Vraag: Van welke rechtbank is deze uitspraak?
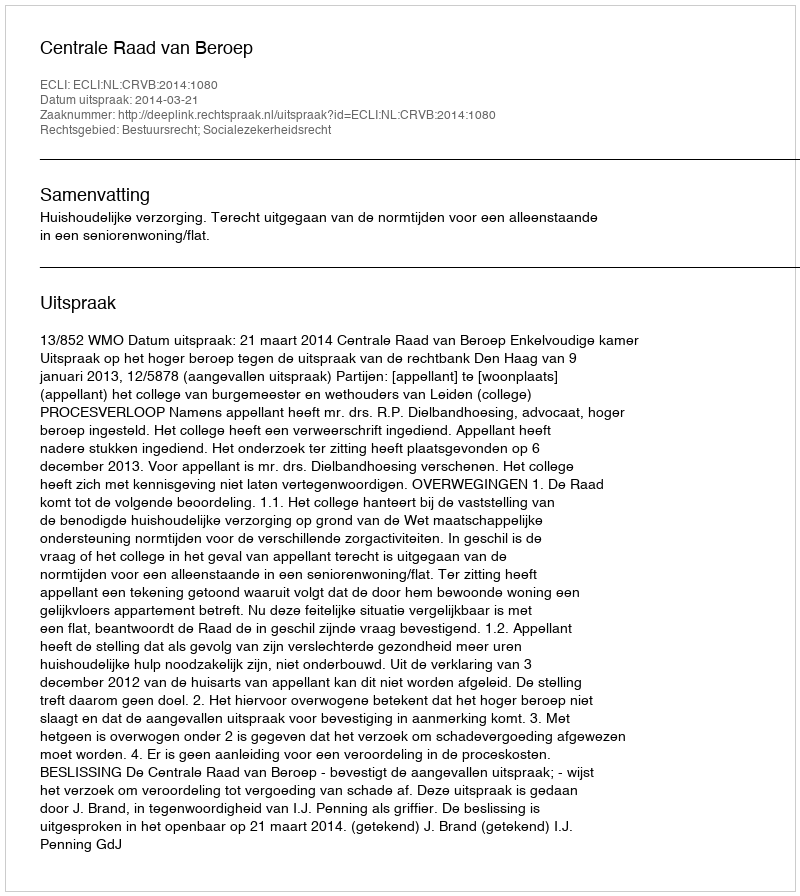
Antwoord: Centrale Raad van Beroep